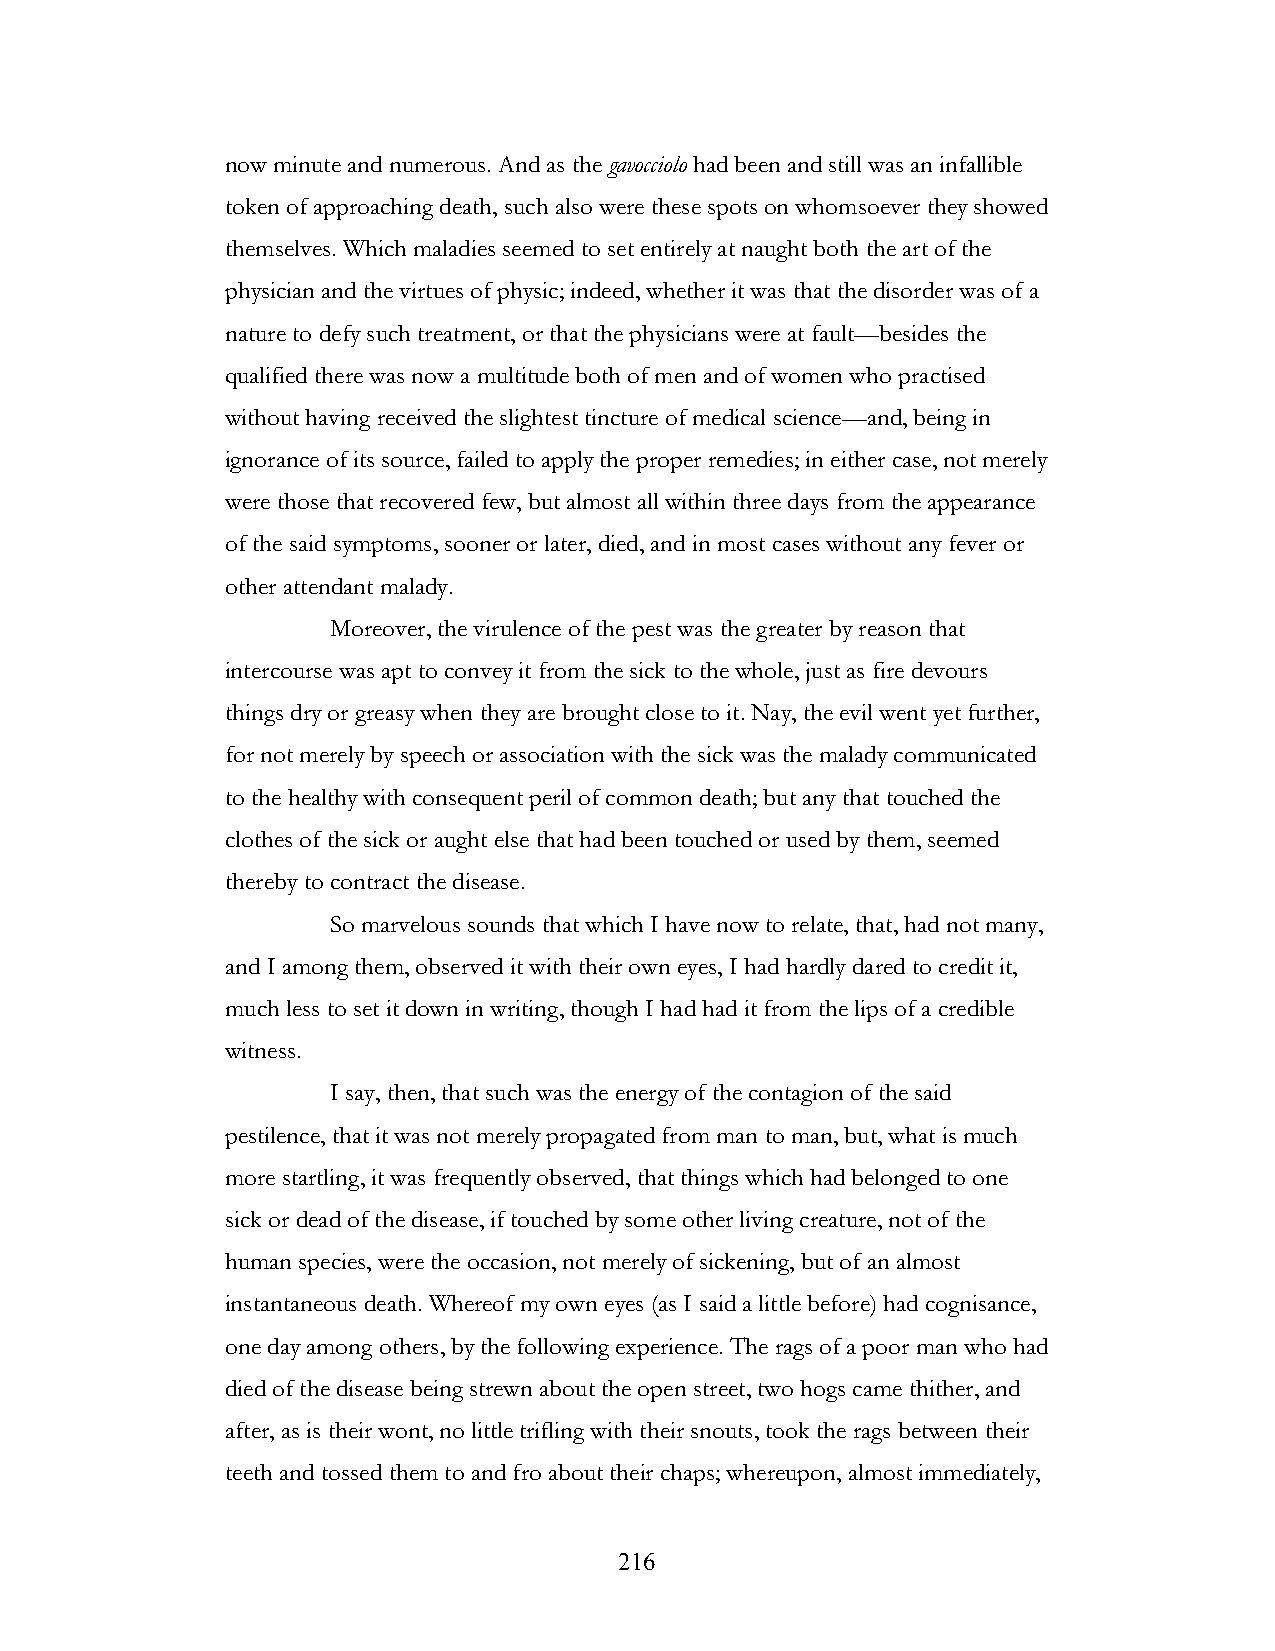
now minute and numerous. And as the gavocciolo had been and still was an infallible
 token of approaching death, such also were these spots on whomsoever they showed
 themselves. Which maladies seemed to set entirely at naught both the art of the
 physician and the virtues of physic; indeed, whether it was that the disorder was of a
 nature to defy such treatment, or that the physicians were at fault—besides the
 qualified there was now a multitude both of men and of women who practised
 without having received the slightest tincture of medical science—and, being in
 ignorance of its source, failed to apply the proper remedies; in either case, not merely
 were those that recovered few, but almost all within three days from the appearance
 of the said symptoms, sooner or later, died, and in most cases without any fever or
 other attendant malady.
 Moreover, the virulence of the pest was the greater by reason that
 intercourse was apt to convey it from the sick to the whole, just as fire devours
 things dry or greasy when they are brought close to it. Nay, the evil went yet further,
 for not merely by speech or association with the sick was the malady communicated
 to the healthy with consequent peril of common death; but any that touched the
 clothes of the sick or aught else that had been touched or used by them, seemed
 thereby to contract the disease.
 So marvelous sounds that which I have now to relate, that, had not many,
 and I among them, observed it with their own eyes, I had hardly dared to credit it,
 much less to set it down in writing, though I had had it from the lips of a credible
 witness.
 I say, then, that such was the energy of the contagion of the said
 pestilence, that it was not merely propagated from man to man, but, what is much
 more startling, it was frequently observed, that things which had belonged to one
 sick or dead of the disease, if touched by some other living creature, not of the
 human species, were the occasion, not merely of sickening, but of an almost
 instantaneous death. Whereof my own eyes (as I said a little before) had cognisance,
 one day among others, by the following experience. The rags of a poor man who had
 died of the disease being strewn about the open street, two hogs came thither, and
 after, as is their wont, no little trifling with their snouts, took the rags between their
 teeth and tossed them to and fro about their chaps; whereupon, almost immediately,
 !                         216